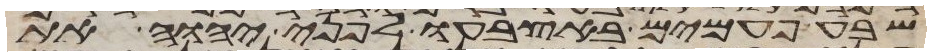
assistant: שבע פעמים באצבעו לפני יהוה את